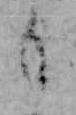
も